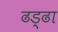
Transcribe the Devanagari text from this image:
ढड्ढा